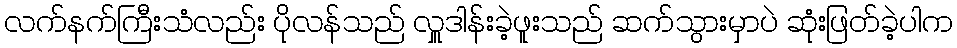
လက်နက်ကြီးသံလည်း ပိုလန်သည် လှူဒါန်းခဲ့ဖူးသည် ဆက်သွားမှာပဲ ဆုံးဖြတ်ခဲ့ပါက